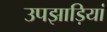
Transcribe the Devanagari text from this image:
उपझाड़ियां